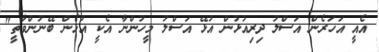
އެއީ އަހަރެން އަސްލު ދިރިއުޅުން އުޅޭ އަސްލު މީހުންނާ އެކީ އުޅެން ބޭނުންވާތީ"